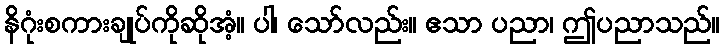
နိဂုံးစကားချုပ်ကိုဆိုအံ့။ ပါ၊ သော်လည်း။ ဧသာ ပညာ၊ ဤပညာသည်။